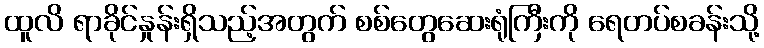
ထူလိ ရာခိုင်နှုန်းရှိသည့်အတွက် စစ်တွေဆေးရုံကြီးကို ရေတပ်စခန်းသို့